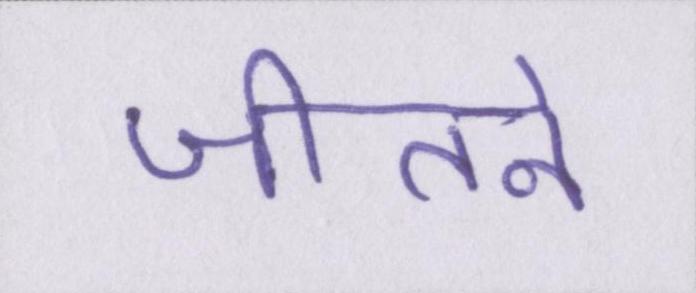
जीतने